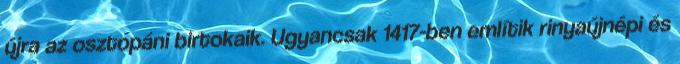
újra az osztopáni birtokaik. Ugyancsak 1417-ben említik rinyaújnépi és